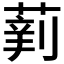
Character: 𱾉